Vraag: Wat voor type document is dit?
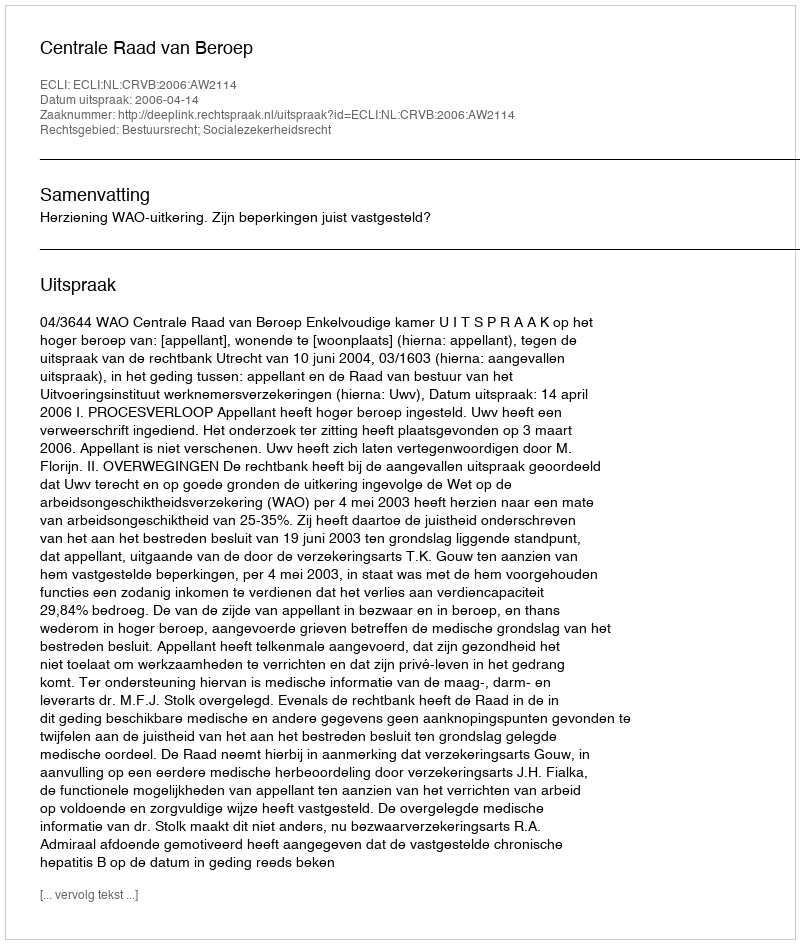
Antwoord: Uitspraak